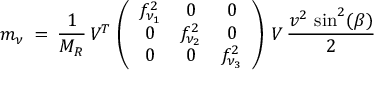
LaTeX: m _ { \nu } \: = \: \frac { 1 } { M _ { R } } \, V ^ { T } \, \left( \begin{array} { c c c } { { f _ { \nu _ { 1 } } ^ { 2 } } } & { { 0 } } & { { 0 } } \\ { { 0 } } & { { f _ { \nu _ { 2 } } ^ { 2 } } } & { { 0 } } \\ { { 0 } } & { { 0 } } & { { f _ { \nu _ { 3 } } ^ { 2 } } } \end{array} \right) \, V \, \frac { v ^ { 2 } \, \sin ^ { 2 } ( \beta ) } { 2 } \;